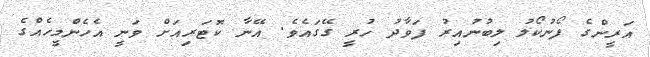
އަރީންގެ ފޯނުކޯލު ލިބުނުއިރު ފަވާދު ހުރީ ގޭގައެވެ. އޭނާ ކޮޓަރިއަށް ވަނީ އެހެންމީހެއްގެ